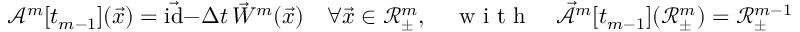
\mathcal { A } ^ { m } [ t _ { m - 1 } ] ( \vec { x } ) = \vec { \mathrm { i d } } - \Delta t \, \vec { W } ^ { m } ( \vec { x } ) \quad \forall \vec { x } \in \mathscr { R } _ { \pm } ^ { m } , \quad \mathrm { ~ w ~ i ~ t ~ h ~ } \quad \mathcal { \vec { A } } ^ { m } [ t _ { m - 1 } ] ( \mathscr { R } _ { \pm } ^ { m } ) = \mathscr { R } _ { \pm } ^ { m - 1 } .